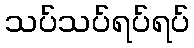
သပ်သပ်ရပ်ရပ်